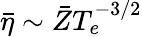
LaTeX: \bar{\eta}\sim\bar{Z}T_{e}^{-3/2}